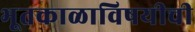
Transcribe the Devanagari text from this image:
भूतकाळाविषयीची